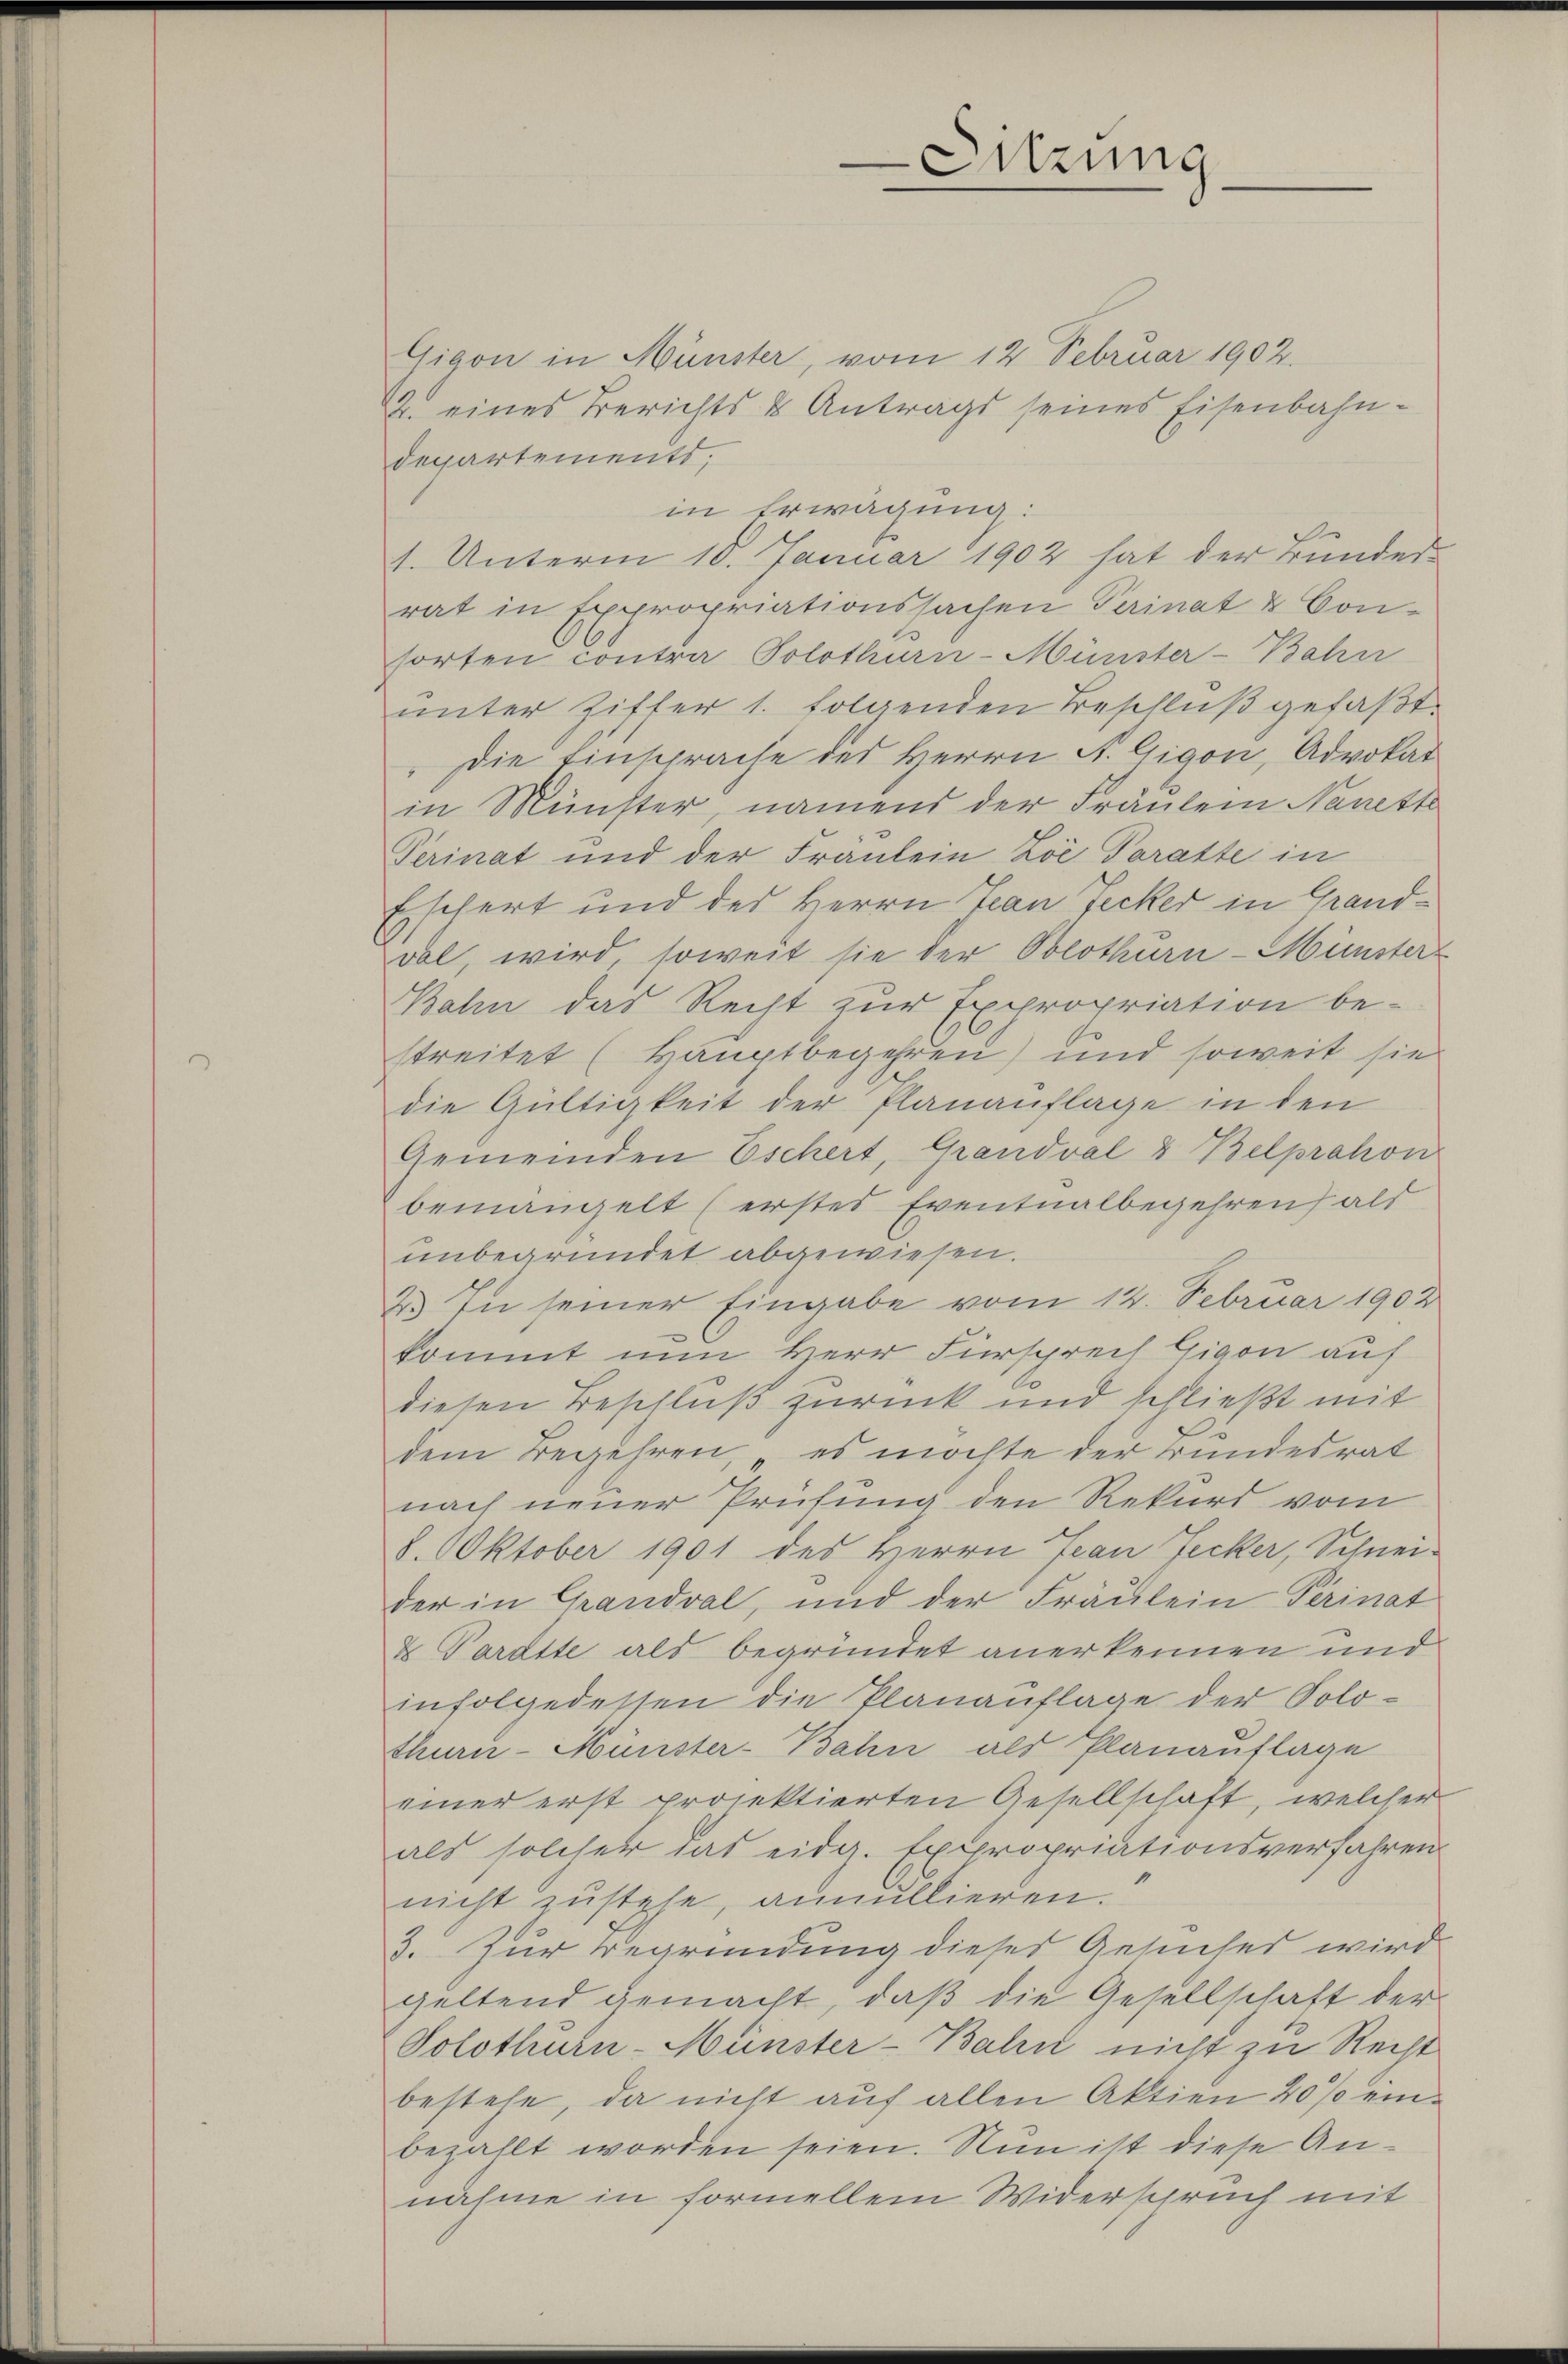
Sitzung
—

Gigon in Münster, vom 12 Februar 1902.
2 eines Berichts & Antrags seines Eisenbahndepartements,
in Erwägung:
1. Unterm 18. Januar 1902 hat der Bundes-
rat in Expropriationssachen Perinat & Consorten contra Solothurn-Münster-Bahn
unter Ziffer 1. folgenden Beschlŭβ gefaßt.
" Die Einsprache des Herrn A. Gigon, Advokar
in Münster, namens der Fräulein Nanette
Perinat und der Fräulein Zoe Paratte in
Eschert und des Herrn Tean Jecker in Granddol, wird, soweit sie der Solothurn - Münster
Bahn das Recht zur Expropriation be-
streitet (Hauptbegehren) und soweit sie
die Gültigkeit der Planauflage in den
Gemeinden Eschert, Grandval & Belprahon
bemängelt (erstes Eventualbegehren als
unbegründet abgewiesen.
2.) In seiner Eingabe vom 14. Februar 1902
kommt nun Herr Fürsprech Gigon auf
diesen Beschluß zurück und schließt mit
dem Begehren, es möchte der Bundesrat
nach neuer Prüfung den Rekurs vom
8. Oktober 1901 des Herrn Jean Jecker, Schnei-
der in Grandval, und der Fräulein Perinat
& Paratte als begründet anerkennen und
infolgedessen die Planauflage der Solothurn-Münster-Bahn als Planauflage
einer erst projektierten Gesellschaft, welcher
als solcher das eidg. Expropriationsverfahren
nicht zustehe, annullieren.
3. Zur Begründung dieses Gesuches wird
geltend gemacht, daß die Gesellschaft der
Solothurn-Münster-Bahn nicht zu Recht
bestehe, da nicht auf allen Aktien 20 % einbezahlt worden seien. Nun ist diese Annähme in formellem Widerspruch mit